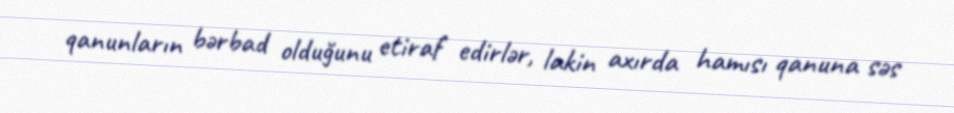
qanunların bərbad olduğunu etiraf edirlər, lakin axırda hamısı qanuna səs